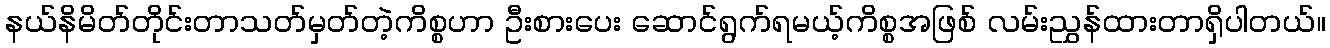
နယ်နိမိတ်တိုင်းတာသတ်မှတ်တဲ့ကိစ္စဟာ ဦးစားပေး ဆောင်ရွက်ရမယ့်ကိစ္စအဖြစ် လမ်းညွှန်ထားတာရှိပါတယ်။